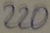
Text: 220